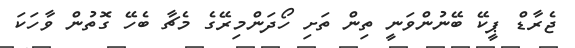
ޖެރާޑް ޕީކޭ ބޭނުންވަނީ ތިން ތަށި ހޯދަންމިރޭގެ މެޗާ ބެހޭ ގޮތުން ވާހަކަ